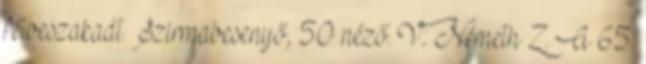
félbeszakadt. Szirmabesenyő, 50 néző. V.: Németh Z. A 65.